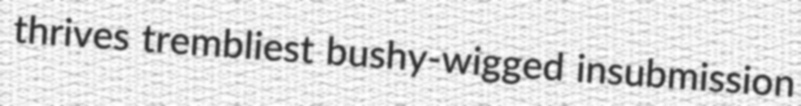
thrives trembliest bushy-wigged insubmission